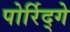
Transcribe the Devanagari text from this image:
पोर्रिद्गे